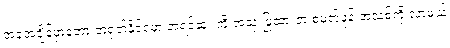
အခုအချိန်မှာတော့ တရုတ်နိုင်ငံမှာ အရင်ဆုံး ကို အသုံးပြုထားတဲ့ စမတ်ဖုန်းအသစ်ကို လာမယ့်